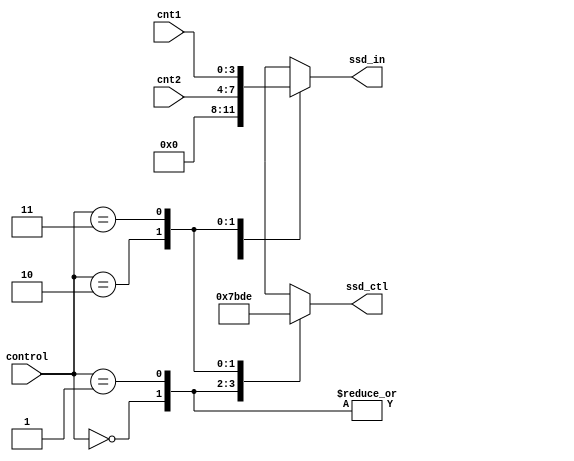
module scan(ssd_ctl, ssd_in, cnt1, cnt2, control);
    output reg [3:0] ssd_in;
    output reg [3:0] ssd_ctl;
    input [3:0] cnt1;
    input [3:0] cnt2;
    input [1:0] control;
    
    always@*
        case(control)
              2'b00:
                  begin
                      ssd_ctl = 4'b0111;
                      ssd_in = 4'b0000;
                  end
              2'b01:
                  begin
                      ssd_ctl = 4'b1011;
                      ssd_in = 4'b0000;
                  end
              2'b10:
                  begin
                      ssd_ctl = 4'b1101;
                      ssd_in = cnt2;
                  end
              2'b11:
                  begin
                      ssd_ctl = 4'b1110;
                      ssd_in = cnt1;
                  end
              default:
                  begin
                      ssd_ctl = 4'b0000;
                      ssd_in = 4'b0000;
                  end
      endcase
 endmodule